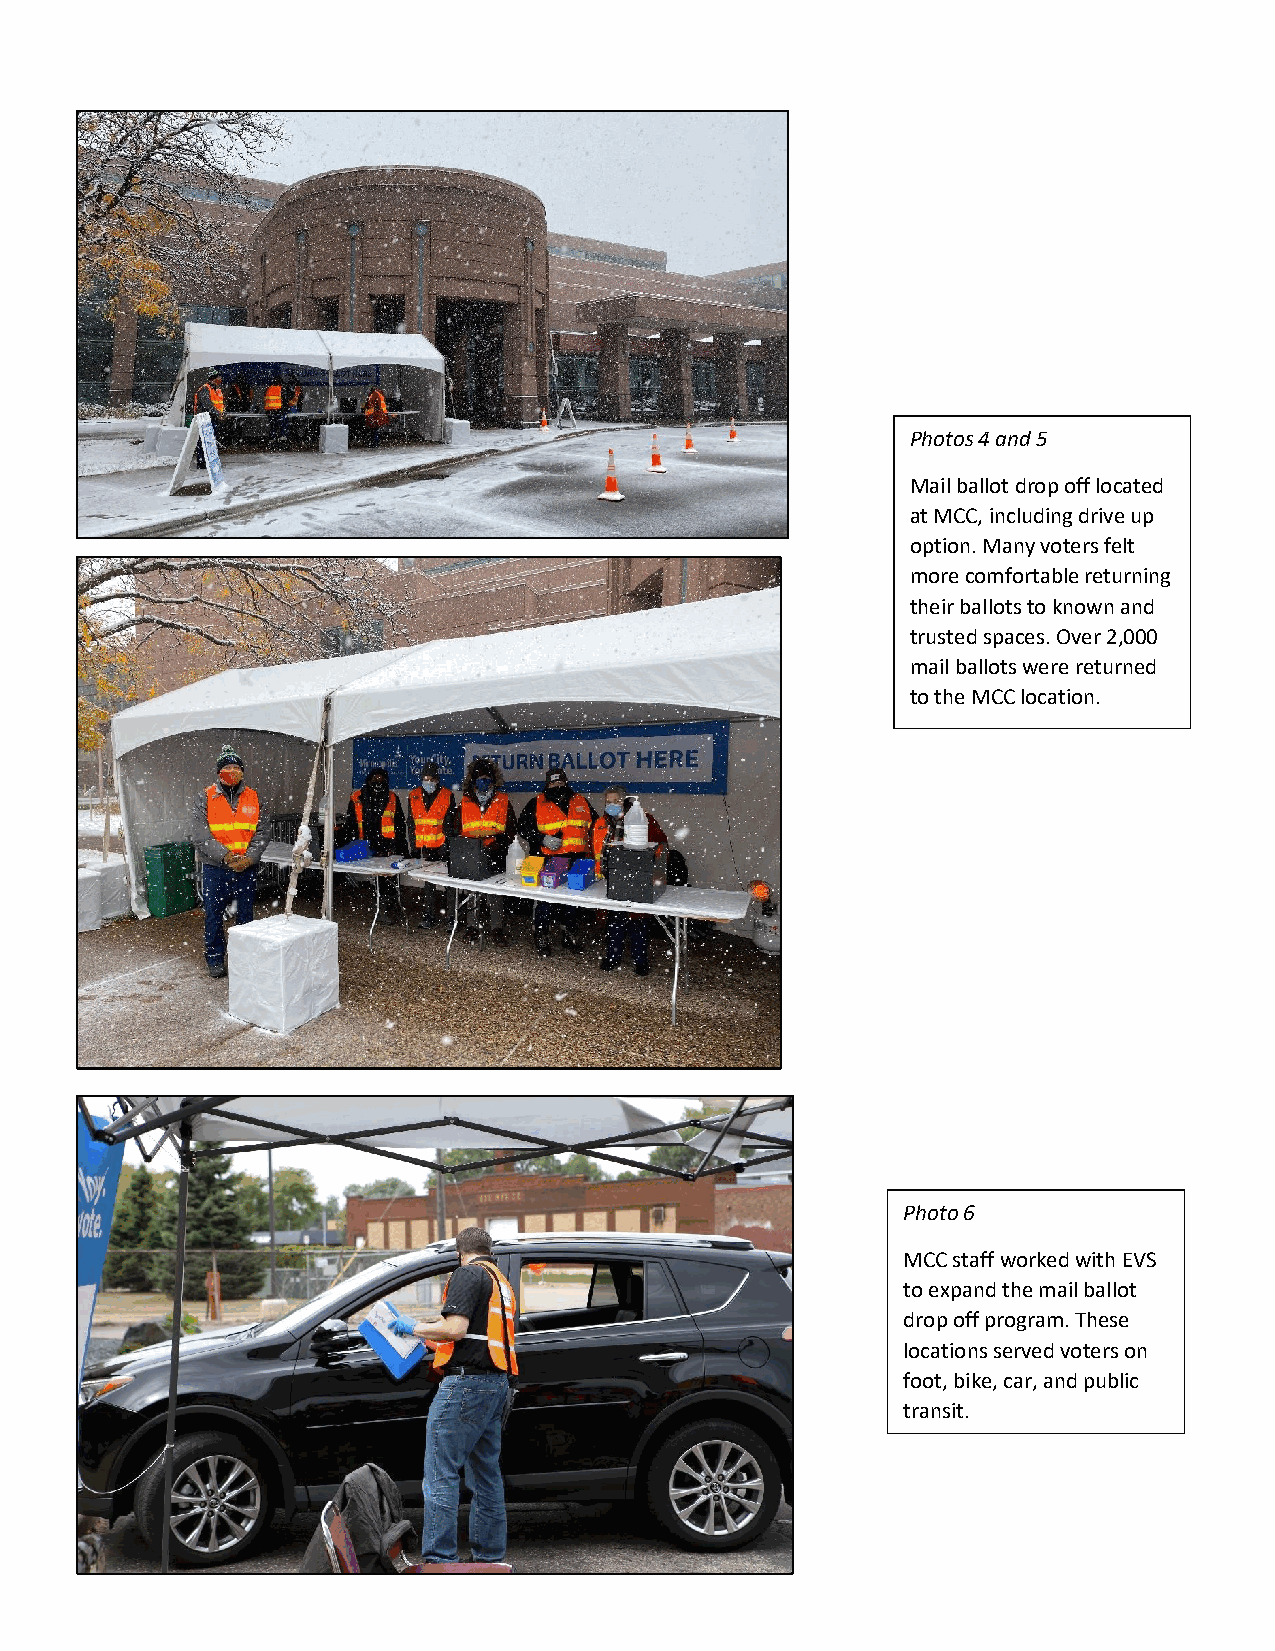
Photos 4 and 5
 Mail ballot drop off located
 at MCC, including drive up
 option. Many voters felt
 more comfortable returning
 their ballots to known and
 trusted spaces. Over 2,000
 mail ballots were returned
 to the MCC location.
 Photo 6
 MCC staff worked with EVS
 to expand the mail ballot
 drop off program. These
 locations served voters on
 foot, bike, car, and public
 transit.